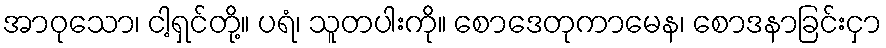
အာဝုသော၊ ငါ့ရှင်တို့။ ပရံ၊ သူတပါးကို။ စောဒေတုကာမေန၊ စောဒနာခြင်းငှာ